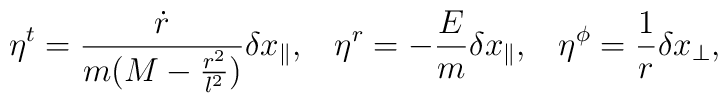
\eta^t=\frac{\dot{r}}{m(M-\frac{r^2}{l^2})}\delta x_\parallel,\;\;\;\eta^r=-\frac{E}{m}\delta x_\parallel,\;\;\;\eta^\phi=\frac{1}{r}\delta x_\perp,